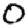
Digit: 0